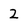
Character: 2